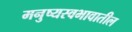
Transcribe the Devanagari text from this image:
मनुष्यस्वभावातील